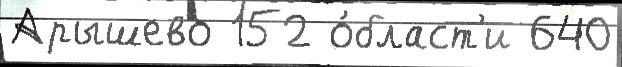
Арышево 152 о́бласт'и 640